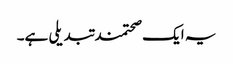
یہ ایک صحتمند تبدیلی ہے۔